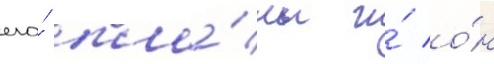
его́ пла́ны и́ о́н